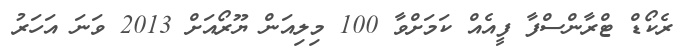
ރެކޯޑް ޓްރާންސްފާ ފީއެއް ކަމަށްވާ 100 މިލިއަން ޔޫރޯއަށް 2013 ވަނަ އަހަރު